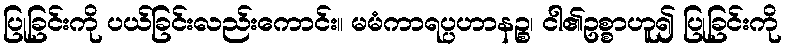
ပြုခြင်းကို ပယ်ခြင်းလည်းကောင်း။ မမံကာရပ္ပဟာနဉ္စ၊ ငါ၏ဥစ္စာဟူ၍ ပြုခြင်းကို